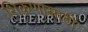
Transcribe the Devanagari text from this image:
शिकणासाठी